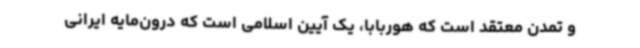
و تمدن معتقد است که هوربابا، یک آیین اسلامی است که درون‌مایه ایرانی